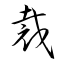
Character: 裁